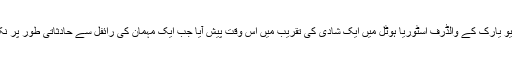
ذرائع ابلاغ کے مطابق واقعہ گزشتہ روز نیو یارک کے والڈرف اسٹوریا ہوٹل میں ایک شادی کی تقریب میں اس وقت پیش آیا جب ایک مہمان کی رائفل سے حادثاتی طور پر نکلنے والی گولی کا ایک شخص نشانہ بن گیا۔